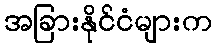
အခြားနိုင်ငံများက